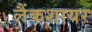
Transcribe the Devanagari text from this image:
लैंकशायर